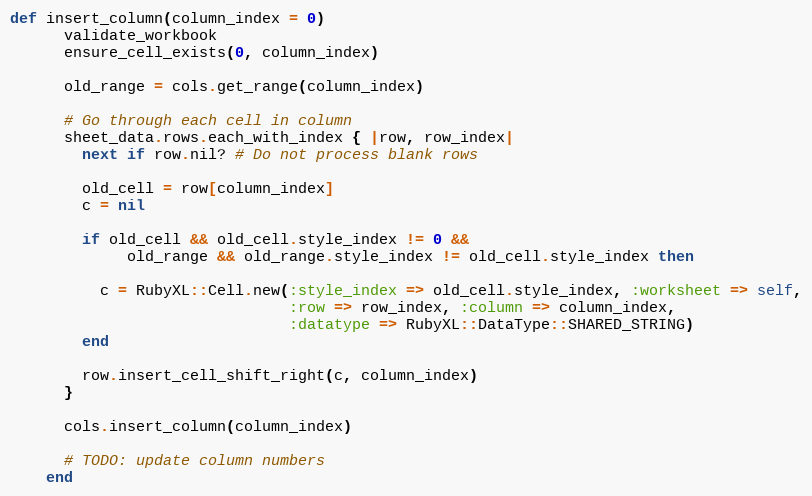
Language: Ruby
def insert_column(column_index = 0)
      validate_workbook
      ensure_cell_exists(0, column_index)

      old_range = cols.get_range(column_index)

      # Go through each cell in column
      sheet_data.rows.each_with_index { |row, row_index|
        next if row.nil? # Do not process blank rows

        old_cell = row[column_index]
        c = nil

        if old_cell && old_cell.style_index != 0 &&
             old_range && old_range.style_index != old_cell.style_index then

          c = RubyXL::Cell.new(:style_index => old_cell.style_index, :worksheet => self,
                               :row => row_index, :column => column_index,
                               :datatype => RubyXL::DataType::SHARED_STRING)
        end

        row.insert_cell_shift_right(c, column_index)
      }

      cols.insert_column(column_index)

      # TODO: update column numbers
    end